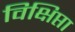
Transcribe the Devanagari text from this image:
विक्षिप्ता